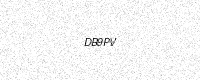
Text: DB9PV